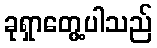
ခုရှာတွေ့ပါသည်